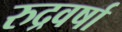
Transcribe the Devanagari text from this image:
रुद्रवर्षा